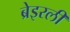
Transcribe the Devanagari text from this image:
ब्रेइरली